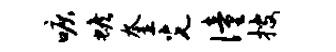
唳蟾奎光僮搜